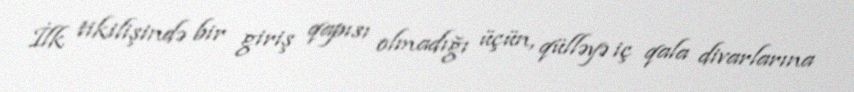
İlk tikilişində bir giriş qapısı olmadığı üçün, qülləyə iç qala divarlarına